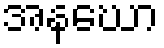
အနဃော